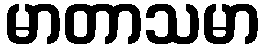
မာတာသမာ